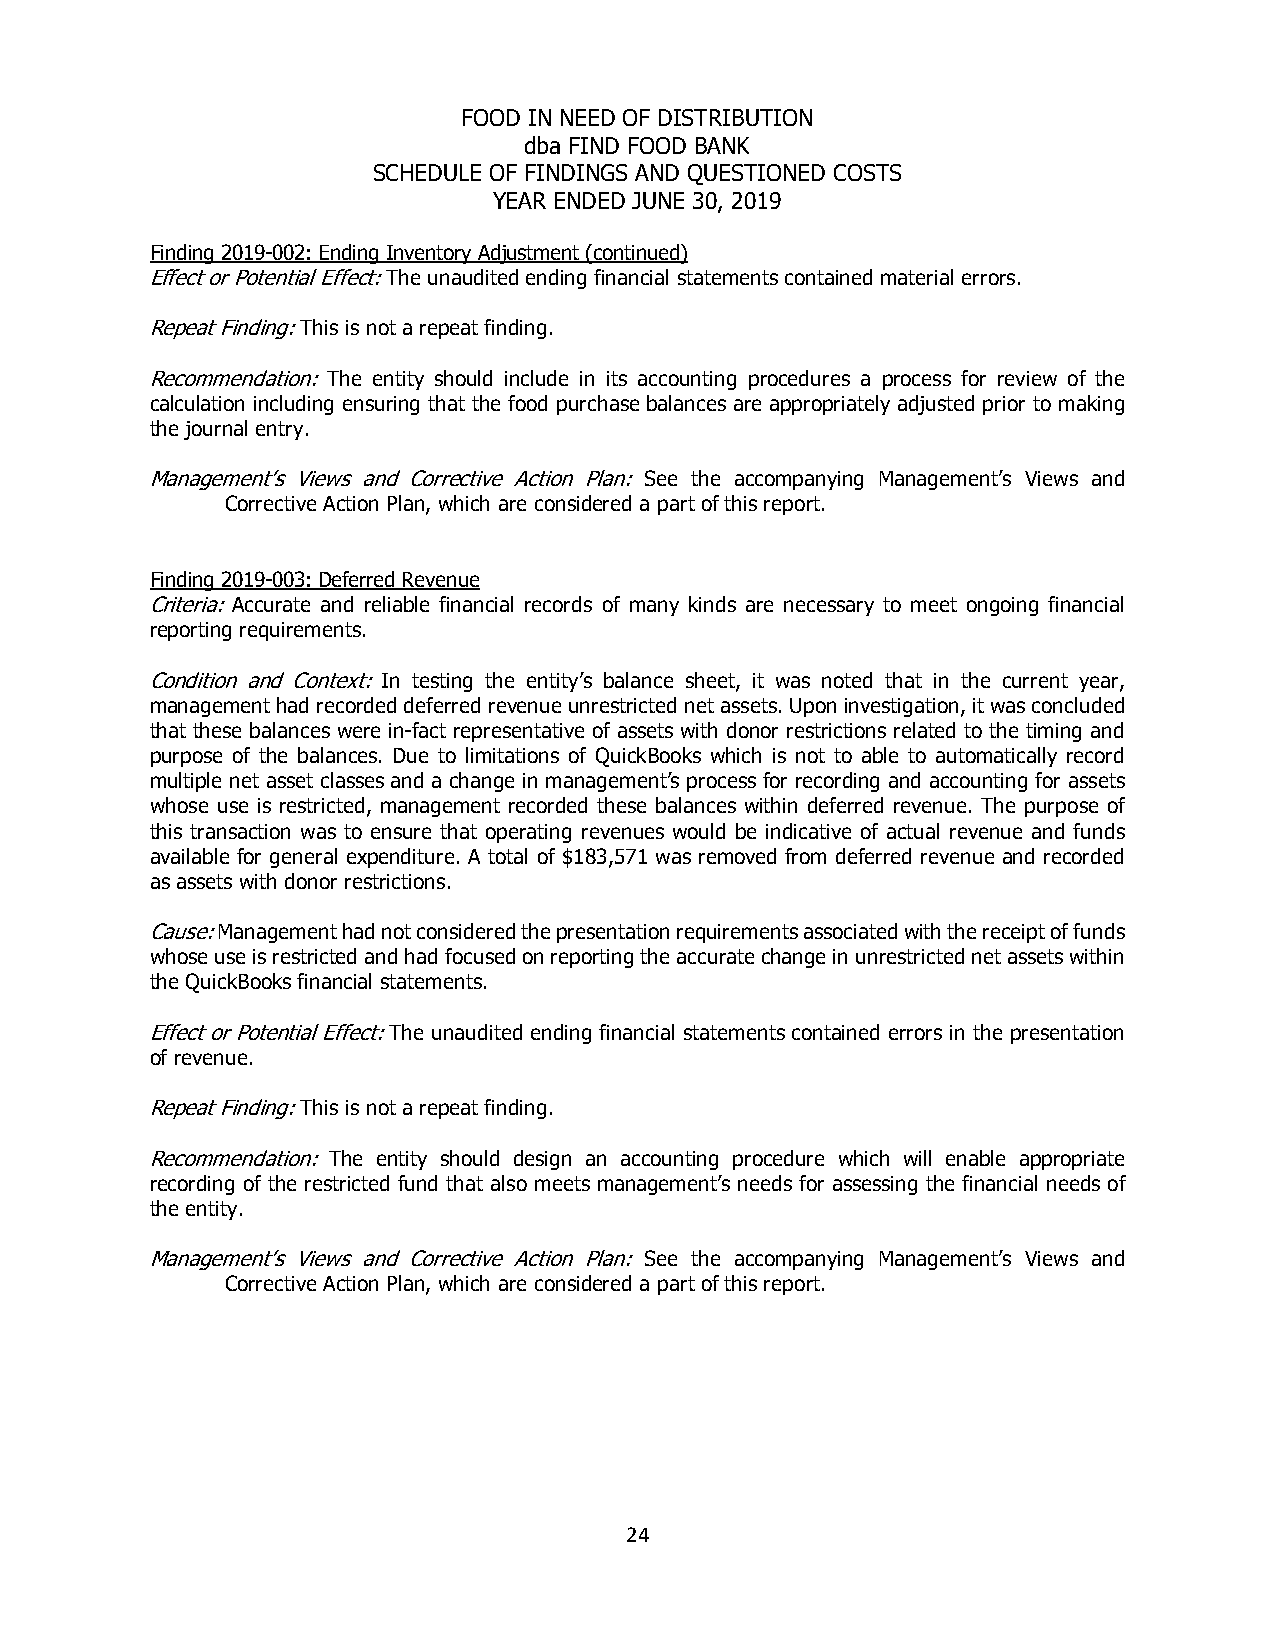
FOOD IN NEED OF DISTRIBUTION
 dba FIND FOOD BANK
 SCHEDULE OF FINDINGS AND QUESTIONED COSTS
 YEAR ENDED JUNE 30, 2019
 Finding 2019-002: Ending Inventory Adjustment (continued)
 Effect or Potential Effect: The unaudited ending financial statements contained material errors.
 Repeat Finding: This is not a repeat finding.
 Recommendation: The entity should include in its accounting procedures a process for review of the
 calculation including ensuring that the food purchase balances are appropriately adjusted prior to making
 the journal entry.
 Management’s Views and Corrective Action Plan: See the accompanying Management’s Views and
 Corrective Action Plan, which are considered a part of this report.
 Finding 2019-003: Deferred Revenue
 Criteria: Accurate and reliable financial records of many kinds are necessary to meet ongoing financial
 reporting requirements.
 Condition and Context: In testing the entity’s balance sheet, it was noted that in the current year,
 management had recorded deferred revenue unrestricted net assets. Upon investigation, it was concluded
 that these balances were in-fact representative of assets with donor restrictions related to the timing and
 purpose of the balances. Due to limitations of QuickBooks which is not to able to automatically record
 multiple net asset classes and a change in management’s process for recording and accounting for assets
 whose use is restricted, management recorded these balances within deferred revenue. The purpose of
 this transaction was to ensure that operating revenues would be indicative of actual revenue and funds
 available for general expenditure. A total of $183,571 was removed from deferred revenue and recorded
 as assets with donor restrictions.
 Cause: Management had not considered the presentation requirements associated with the receipt of funds
 whose use is restricted and had focused on reporting the accurate change in unrestricted net assets within
 the QuickBooks financial statements.
 Effect or Potential Effect: The unaudited ending financial statements contained errors in the presentation
 of revenue.
 Repeat Finding: This is not a repeat finding.
 Recommendation: The entity should design an accounting procedure which will enable appropriate
 recording of the restricted fund that also meets management’s needs for assessing the financial needs of
 the entity.
 Management’s Views and Corrective Action Plan: See the accompanying Management’s Views and
 Corrective Action Plan, which are considered a part of this report.
 24